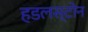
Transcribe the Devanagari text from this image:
हडलस्टोन